Report of the Bombay Veterinary College
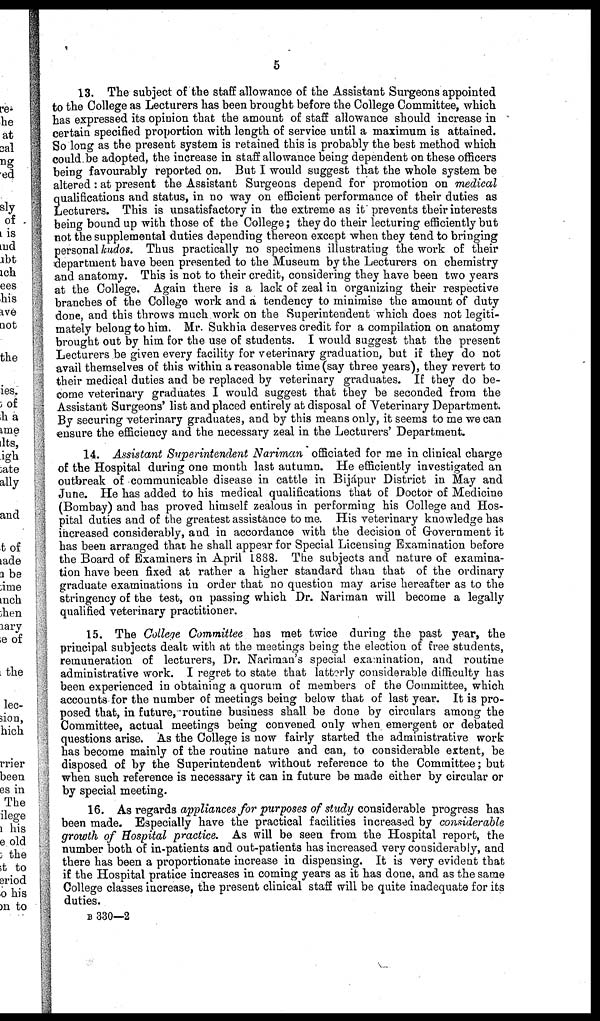
5
13. The subject of the staff allowance of the Assistant Surgeons appointed
to the College as Lecturers has been brought before the College Committee, which
has expressed its opinion that the amount of staff allowance should increase in
certain specified proportion with length of service until a maximum is attained.
So long as the present system is retained this is probably the best method which
could be adopted, the increase in staff allowance being dependent on these officers
being favourably reported on. But I would suggest that the whole system be
altered: at present the Assistant Surgeons depend for promotion on medical
qualifications and status, in no way on efficient performance of their duties as
Lecturers. This is unsatisfactory in the extreme as it prevents their interests
being bound up with those of the College; they do their lecturing efficiently but
not the supplemental duties depending thereon except when they tend to bringing
personal kudos. Thus practically no specimens illustrating the work of their
department have been presented to the Museum by the Lecturers on chemistry
and anatomy. This is not to their credit, considering they have been two years
at the College. Again there is a lack of zeal in organizing their respective
branches of the College work and a tendency to minimise the amount of duty
done, and this throws much work on the Superintendent which does not legiti-
mately belong to him. Mr. Sukhia deserves credit for a compilation on anatomy
brought out by him for the use of students. I would suggest that the present
Lecturers be given every facility for veterinary graduation, but if they do not
avail themselves of this within a reasonable time (say three years), they revert to
their medical duties and be replaced by veterinary graduates. If they do be-
come veterinary graduates I would suggest that they be seconded from the
Assistant Surgeons' list and placed entirely at disposal of Veterinary Department.
By securing veterinary graduates, and by this means only, it seems to me we can
ensure the efficiency and the necessary zeal in the Lecturers' Department.
14. Assistant Superintendent Nariman officiated for me in clinical charge
of the Hospital during one month last autumn. He efficiently investigated an
outbreak of communicable disease in cattle in Bijápur District in May and
June. He has added to his medical qualifications that of Doctor of Medicine
(Bombay) and has proved himself zealous in performing his College and Hos-
pital duties and of the greatest assistance to me. His veterinary knowledge has
increased considerably, and in accordance with the decision of Government it
has been arranged that he shall appear for Special Licensing Examination before
the Board of Examiners in April 1888. The subjects and nature of examina-
tion have been fixed at rather a higher standard than that of the ordinary
graduate examinations in order that no question may arise hereafter as to the
stringency of the test, on passing which Dr. Nariman will become a legally
qualified veterinary practitioner.
15. The College Committee has met twice during the past year, the
principal subjects dealt with at the meetings being the election of free students,
remuneration of lecturers, Dr. Nariman's special examination, and routine
administrative work. I regret to state that latterly considerable difficulty has
been experienced in obtaining a quorum of members of the Committee, which
accounts for the number of meetings being below that of last year. It is pro-
posed that, in future, routine business shall be done by circulars among the
Committee, actual meetings being convened only when emergent or debated
questions arise. As the College is now fairly started the administrative work
has become mainly of the routine nature and can, to considerable extent, be
disposed of by the Superintendent without reference to the Committee; but
when such reference is necessary it can in future be made either by circular or
by special meeting.
16. As regards appliances for purposes of study considerable progress has
been made. Especially have the practical facilities increased by considerable
growth of Hospital practice. As will be seen from the Hospital report, the
number both of in-patients and out-patients has increased very considerably, and
there has been a proportionate increase in dispensing. It is very evident that
if the Hospital pratice increases in coming years as it has done, and as the same
College classes increase, the present clinical staff will be quite inadequate for its
duties.
B 330—2